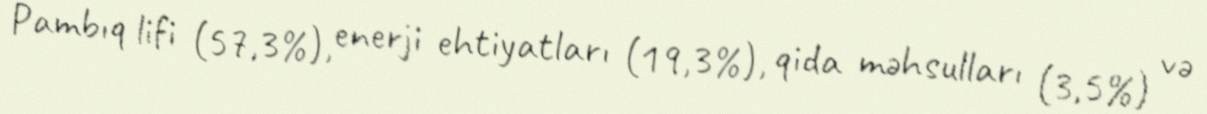
Pambıq lifi (57,3%), enerji ehtiyatları (19,3%), qida məhsulları (3,5%) və